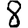
Digit: 8